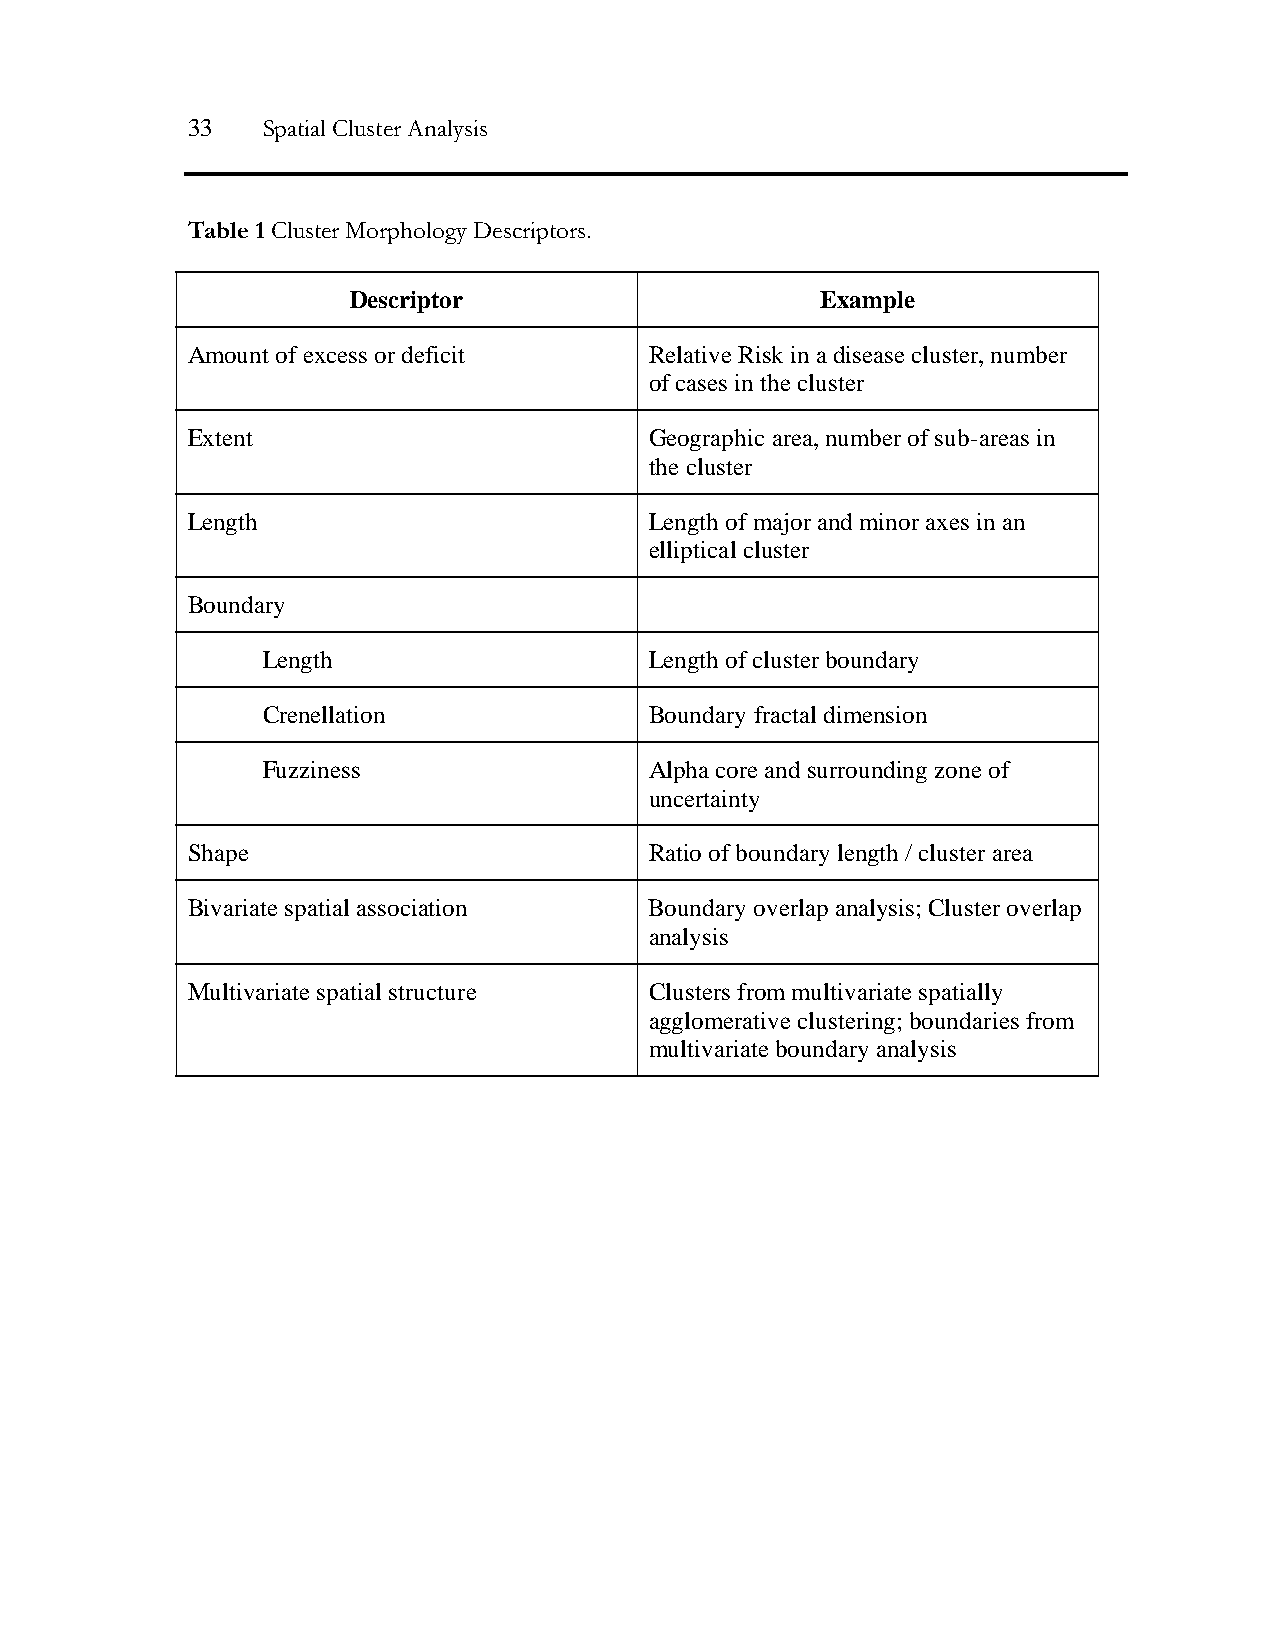
33   Spatial Cluster Analysis
 Table 1 Cluster Morphology Descriptors.
 Descriptor                     Example
 Amount of excess or deficit    Relative Risk in a disease cluster, number
 of cases in the cluster
 Extent                         Geographic area, number of sub-areas in
 the cluster
 Length                         Length of major and minor axes in an
 elliptical cluster
 Boundary
 Length                    Length of cluster boundary
 Crenellation              Boundary fractal dimension
 Fuzziness                 Alpha core and surrounding zone of
 uncertainty
 Shape                          Ratio of boundary length / cluster area
 Bivariate spatial association  Boundary overlap analysis; Cluster overlap
 analysis
 Multivariate spatial structure Clusters from multivariate spatially
 agglomerative clustering; boundaries from
 multivariate boundary analysis